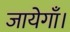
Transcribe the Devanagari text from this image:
जायेगाँ।